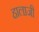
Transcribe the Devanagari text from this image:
हालाजी